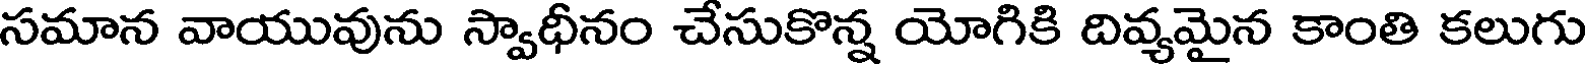
సమాన వాయువును స్వాధీనం చేసుకొన్న యోగికి దివ్యమైన కాంతి కలుగు